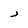
Character: j